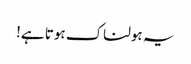
یہ ہولناک ہوتا ہے!